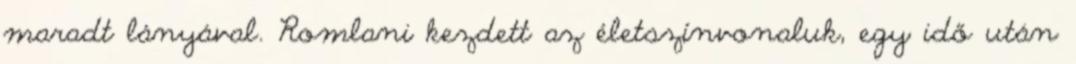
maradt lányával. Romlani kezdett az életszínvonaluk, egy idő után